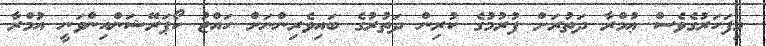
މިފަހަރުގެވެސް ޢުމްރާ ދަތުރަށް ފުރުމުގެ ކުރިން ދަތުރުގެ ބައިވެރިންނަށް ހައްޖު ކޯޕަރޭޝަންއިންވަނީ އުމްރާ